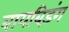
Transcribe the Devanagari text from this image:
बायबिड़ंग